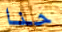
حنا